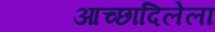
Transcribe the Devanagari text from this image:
आच्छादिलेला